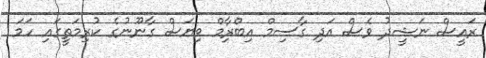
ރައީސް ނަޝީދު ވެސް އަދި ގާސިމް އިބްރާިމް ވިޔަސް ގާނޫނުގެ ކުރިމަތީގައި ހަމަ